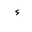
Letter: _hamza